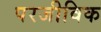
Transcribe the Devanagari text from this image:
परजीविक